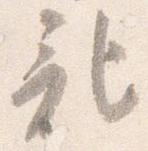
記